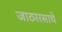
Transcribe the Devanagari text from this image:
जाठररसाचे